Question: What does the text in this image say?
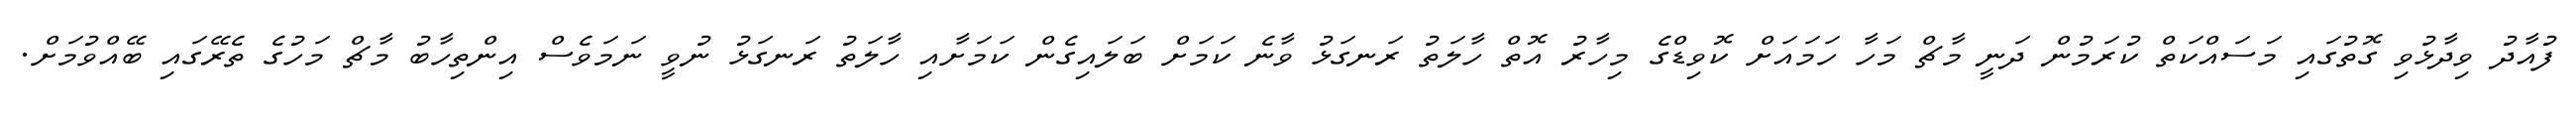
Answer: ފުއާދު ވިދާޅުވި ގޮތުގައި މަސައްކަތް ކުރަމުން ދަނީ މާޗް މަހާ ހަމައަށް ކޮވިޑްގެ މިހާރު އޮތް ހާލަތު ރަނގަޅު ވާނެ ކަމަށް ބަލައިގެން ކަމަށާއި ހާލަތު ރަނގަޅު ނުވީ ނަމަވެސް އިންތިހާބު މާޗް މަހުގެ ތެރޭގައި ބޭއްވުމަށް.